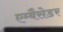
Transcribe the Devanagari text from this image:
एम्बैसेडर